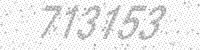
Solution: 713153